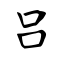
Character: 吕